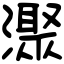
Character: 㵵